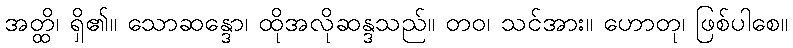
အတ္ထိ၊ ရှိ၏။ သောဆန္ဒော၊ ထိုအလိုဆန္ဒသည်။ တဝ၊ သင်အား။ ဟောတု၊ ဖြစ်ပါစေ။